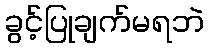
ခွင့်ပြုချက်မရဘဲ